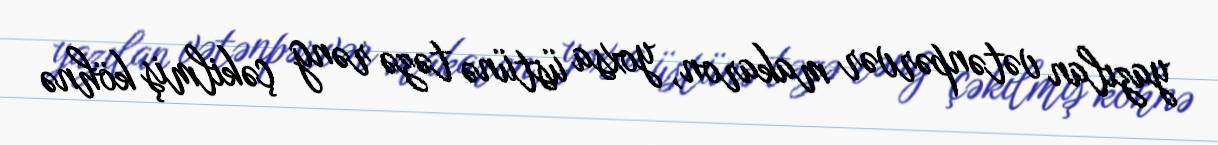
yazılan vətənpərvər makaron, yoxsa üstünə təzə rəng çəkilmiş köhnə